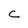
Character: c